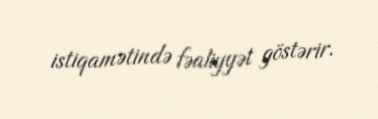
istiqamətində fəaliyyət göstərir.